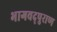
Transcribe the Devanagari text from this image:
भागवद्पुराण